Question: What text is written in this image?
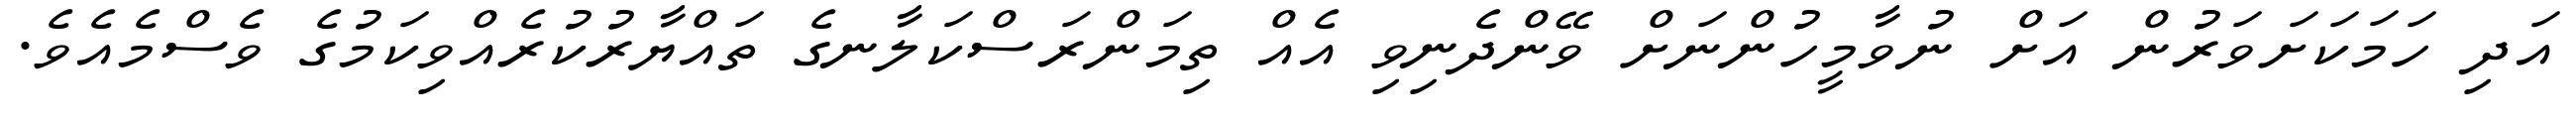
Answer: އަދި ހަމަކަށަވަރުން އަށް ނުވާމީހުންނަށް ވޭންދެނިވި އެއް ތިމަންރަސްކަލާނގެ ތައްޔާރުކުރެއްވިކަމުގެ ވެސްމެއެވެ.